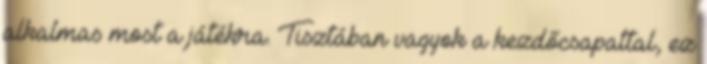
alkalmas most a játékra. Tisztában vagyok a kezdőcsapattal, ez